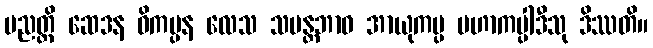
ပညတ္တိ ဆေဒန ဝိကပ္ပန လေသ သမန္တဘာဝ အာယုကပ္ပ မဟာကပ္ပါဒီသု ဒိဿတိ။